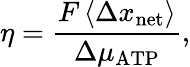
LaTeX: \eta=\frac{F\left\langle\Delta x_{\mathrm{net}}\right\rangle}{\Delta\mu_{\mathrm{ATP}}},